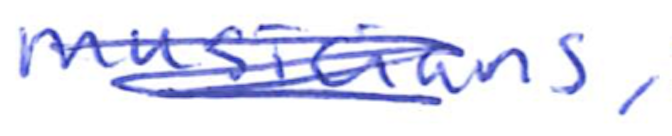
Text: musicians,
Cross-out: scratch
Writing tool: ballpoint